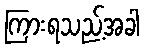
ကြားရသည့်အခါ